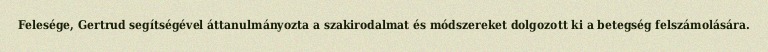
Felesége, Gertrud segítségével áttanulmányozta a szakirodalmat és módszereket dolgozott ki a betegség felszámolására.